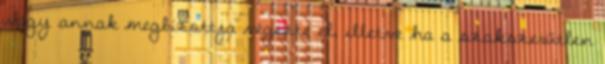
vagy annak megbízottja végezte el, illetve ha a szakszerűtlen